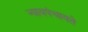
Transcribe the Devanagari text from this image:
न्यायपंचायते